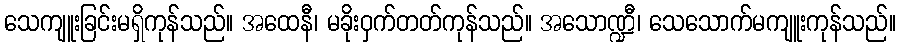
သေကျူးခြင်းမရှိကုန်သည်။ အထေနီ၊ မခိုးဝှက်တတ်ကုန်သည်။ အသောဏ္ဍီ၊ သေသောက်မကျူးကုန်သည်။